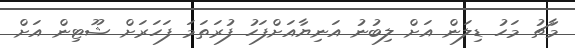
މާޗު މަހު ޑިލަން އަށް ލިބުނު އަނިޔާއަށްފަހު ފުރަތަމަ ފަހަރަށް ޝޫޓިން އަށް